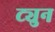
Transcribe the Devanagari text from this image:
ट्युन